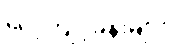
လေ့ကျင့်ခန်းများ